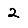
Digit: 2